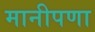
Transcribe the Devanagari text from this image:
मानीपणा